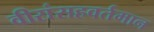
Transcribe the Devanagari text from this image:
वीरांसहवर्तमान